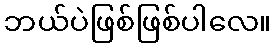
ဘယ်ပဲဖြစ်ဖြစ်ပါလေ။